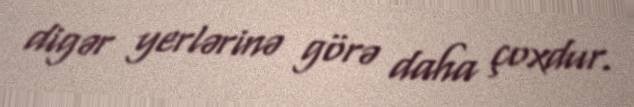
digər yerlərinə görə daha çoxdur.